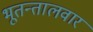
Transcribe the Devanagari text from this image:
भूतन्तालवार